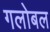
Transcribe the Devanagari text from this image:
गलोबल